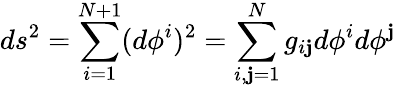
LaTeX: ds^{2}=\sum_{i=1}^{N+1}(d\phi^{i})^{2}=\sum_{i,\mathbf{j}=1}^{N}g_{i\mathbf{j}}d\phi^{i}d\phi^{\mathbf{j}}